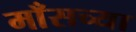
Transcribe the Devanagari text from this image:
माँसच्या